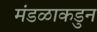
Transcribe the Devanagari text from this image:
मंडळाकडुन